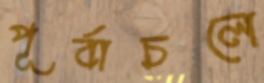
পূর্বাচলে